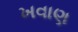
ખવાણ